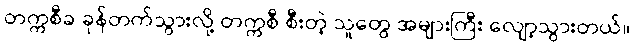
တက္ကစီခ ခုန်တက်သွားလို့ တက္ကစီ စီးတဲ့ သူတွေ အများကြီး လျော့သွားတယ်။